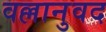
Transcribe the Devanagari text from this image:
वल्लानुवद